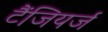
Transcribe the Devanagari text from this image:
टैंजियर्ज